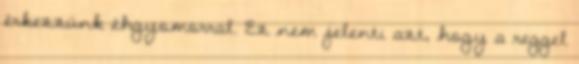
érkezzünk éhgyomorral. Ez nem jelenti azt, hogy a reggel